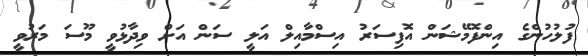
ފުލުހުންގެ އިންފޮމޭޝަން އޮފިސަރު އިސްމާއިލް އަލީ ސަން އަށް ވިދާޅުވީ މޫސަ މަރުވީ